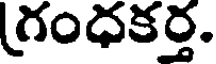
(గంధకర్త.